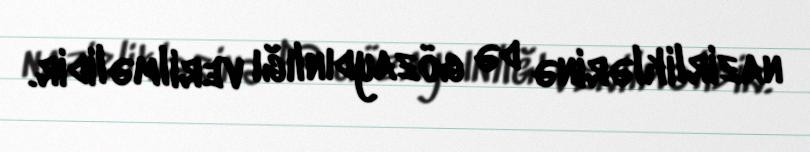
nazirliklərinə də gözaydınlığı verilməlidir.